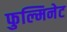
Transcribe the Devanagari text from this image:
फुल्मिनेट